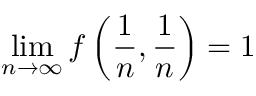
\operatorname* { l i m } _ { n \to \infty } f \left( { \frac { 1 } { n } } , { \frac { 1 } { n } } \right) = 1